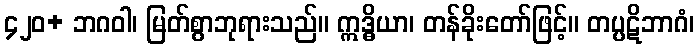
၄၂၀+ ဘဂဝါ၊ မြတ်စွာဘုရားသည်။ ဣဒ္ဓိယာ၊ တန်ခိုးတော်ဖြင့်။ တပ္ပဋိဘာဂံ၊